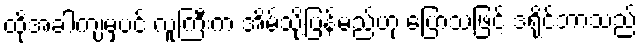
ထိုအခါကျမှပင် လူကြီးက အိမ်သို့ပြန်မည်ဟု ပြောသဖြင့် ဒရိုင်ဘာသည်